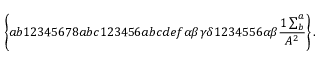
\left\{ a b 1 2 3 4 5 6 7 8 a b c 1 2 3 4 5 6 a b c d e f \alpha \beta \gamma \delta 1 2 3 4 5 5 6 \alpha \beta \frac { 1 \sum _ { b } ^ { a } } { A ^ { 2 } } \right\} .